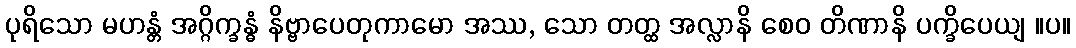
ပုရိသော မဟန္တံ အဂ္ဂိက္ခန္ဓံ နိဗ္ဗာပေတုကာမော အဿ, သော တတ္ထ အလ္လာနိ စေဝ တိဏာနိ ပက္ခိပေယျ ။ပ။